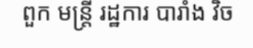
ពួក មន្ត្រី រដ្ឋការ បារាំង វិច